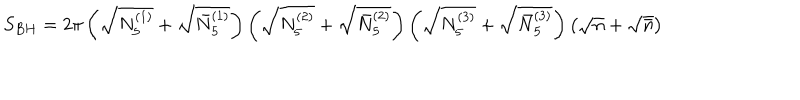
S _ { B H } = 2 \pi \left( \sqrt { N _ { 5 } ^ { ( 1 ) } } + \sqrt { \bar { N } _ { 5 } ^ { ( 1 ) } } \right) \left( \sqrt { N _ { 5 } ^ { ( 2 ) } } + \sqrt { \bar { N } _ { 5 } ^ { ( 2 ) } } \right) \left( \sqrt { N _ { 5 } ^ { ( 3 ) } } + \sqrt { \bar { N } _ { 5 } ^ { ( 3 ) } } \right) \left( \sqrt { n } + \sqrt { \bar { n } } \right)